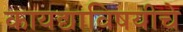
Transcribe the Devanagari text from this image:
कायद्याविषयीचे